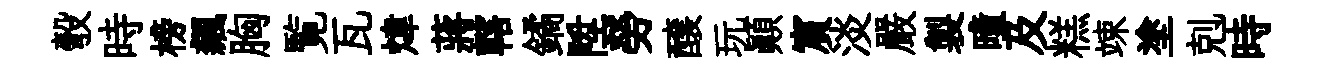
彀時榜飆胸覧瓦煒蔣轄鐍陞勞醸玩顛賔淡嚴製曈及糕竦塗剋時